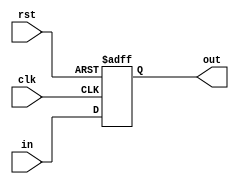
    module bit_1_reg (in , clk , rst , out);
input in;
input clk;
input rst;
output reg out;
always@(posedge rst or posedge clk)
begin
    if(rst)
        out <= 1'b 0;
    else
        out <= in;
end
endmodule